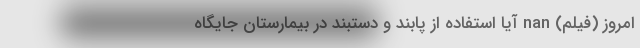
امروز (فیلم) nan آیا استفاده از پابند و دستبند در بیمارستان جایگاه